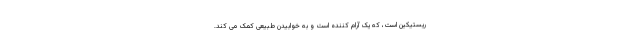
ریستیکین است، که یک آرام کننده است و به خوابیدن طبیعی کمک می کند.